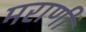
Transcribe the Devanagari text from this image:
मराणी